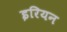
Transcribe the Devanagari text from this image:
इरियन